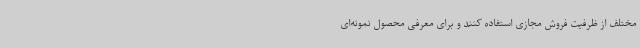
مختلف از ظرفیت فروش مجازی استفاده کنند و برای معرفی محصول نمونه‌ای